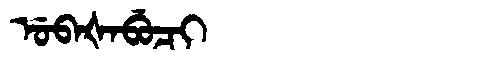
Manchu: ᡠᠪᠠᡧᠠᠪᡠᠴᡳ
Romanization: UBAŠABUCI